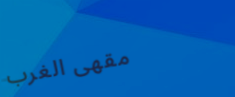
مقهى الغرب